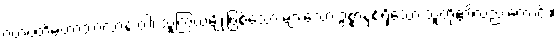
ဂဟပတိမဟာသာလာနံ ဝါ၊ သူကြွယ်မျိုးဖြစ်သော များသော ဥစ္စာနှစ်ရှိသော သူတို့၏လည်းကောင်း။